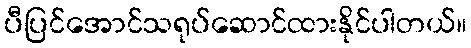
ပီပြင်အောင်သရုပ်ဆောင်ထားနိုင်ပါတယ်။